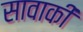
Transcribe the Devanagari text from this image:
सावाकी